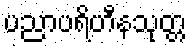
ပညာပရိဟီနသုတ္တ